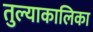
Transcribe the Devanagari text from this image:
तुल्याकालिका